Investigations on Bengal jail dietaries - Number 37
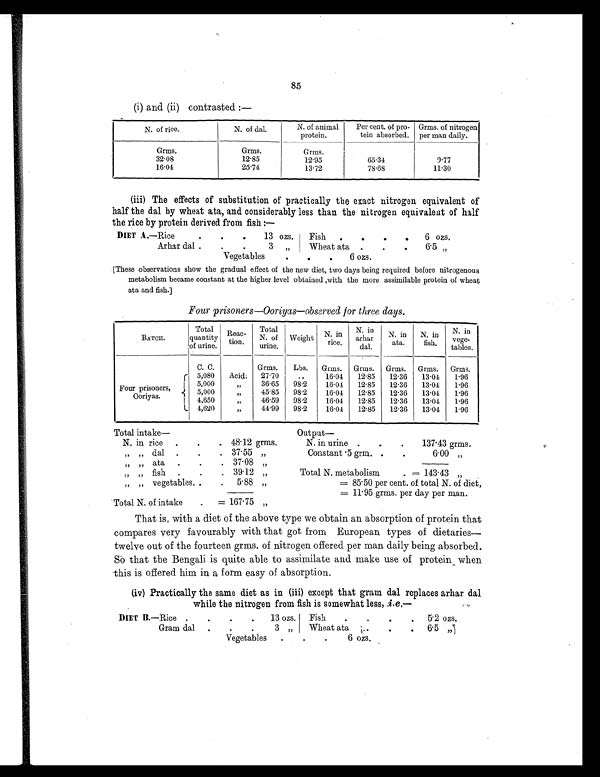
85
( i) and (ii) contrasted :—
N. of rice.
N. of dal.
N. of animal
protein.
Per cent. of pro-
tein absorbed.
Grms, of nitrogen
per man daily.
Grms.
Grms.
Grms.
32.08
12.85
12.95
65.34
9.77
16.04
25.74
13.72
78.68
11.30
(iii) The effects of substitution of practically the exact nitrogen equivalent of
half the dal by wheat ata, and considerably less than the nitrogen equivalent of half
the rice by protein derived from fish :—
DIET A.—R i c e
.
.
.
13 ozs. Fish .
.
.
. 6 ozs.
Arhar dal . .
.
3 „
Wheat ata .
. .
6.5 „
Vegetables
.
.
. 6 ozs.
[These observations show the gradual effect of the new diet, two days being required before nitrogenous
metabolism became constant at the higher level obtained with the more assimilable protein of wheat
ata and fish.]
Four prisoners—Ooriyas—observed for three days.
BATCH.
Total
quantity
of urine.
Reac-
tion.
Total
N. of
urine.
Weight N. in
rice.
N. in
dal.
N. in
ata.
N. in
fish.
N. in
vege-
tables.
C. C.
Grms. Lbs. Grms. Grms. Grms. Grms. Grms.
Four prisoners,
Ooriyas.
5,080 Acid. 27.70
..
16.04 12.85 12.36 13.04 1.96
5,000
„
36.65 98.2
16.04 12.85 12.36 13.04 1.96
5,000
„
45.85 98.2
16.04 12.85 12.36 13.04 1.96
4,650
„
46.59 98.2
16.04 12.85 12.36 13.04 1.96
4,620
„
44.99 98.2
16.04 12.85 12.36 13.04 1.96
Total intake—
Output —
N. in rice
. .
. 48.12 grms.
N. in urine .
.
.
137.43 grms.
„ „ dal .
.
. 37.55 „
Constant .5 grm. .
.
6.00 „
„ „ ata .
.
. 37.08 „
„ „ fish .
.
. 39.12 „
Total N. metabolism
. = 143.43 „
„ „ vegetables. .
. 5.88 „
= 85.50 per cent. of total N. of diet,
= 1 1 . 9 5 g r ms . p e r d a y p e r ma n .
Total N. of intake
.
= 167.75 „
That is, with a diet of the above type we obtain an absorption of protein that
compares very favourably with that got from European types of dietaries
—twelve out of the fourteen grms. of nitrogen offered per man daily being absorbed.
So that the Bengali is quite able to assimilate and make use of protein when
this is offered him in a form easy of absorption.
(iv)Practically the same diet as in (iii) except that gram dal replaces arhar dal
while the nitrogen from fish is somewhat less, i.e.—
DIET B.—Rice
. .
.
. 13 ozs. Fish
.
.
.
. 5.2 ozs.
Gram dal .
.
. 3 „ Wheat ata .
.
. 6.5 „
Vegetable .
.
.
6 o z s .